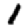
Digit: 1